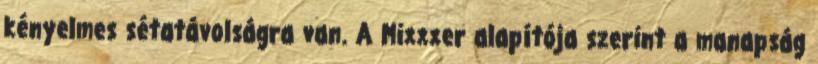
kényelmes sétatávolságra van. A Mixxxer alapítója szerint a manapság